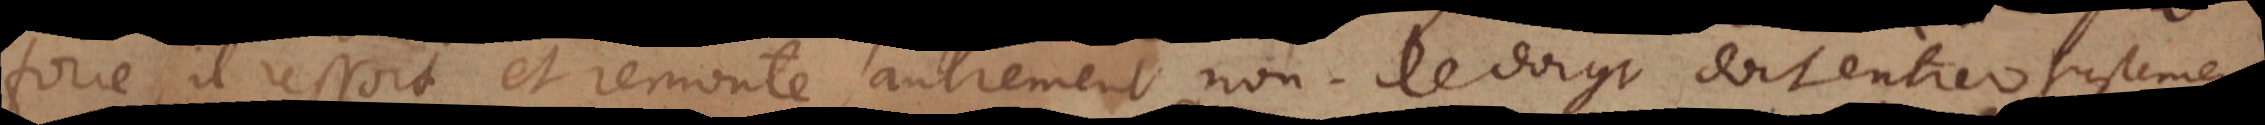
force, il ressort et remonte, autrement non. Le doigt doit entrer justement.